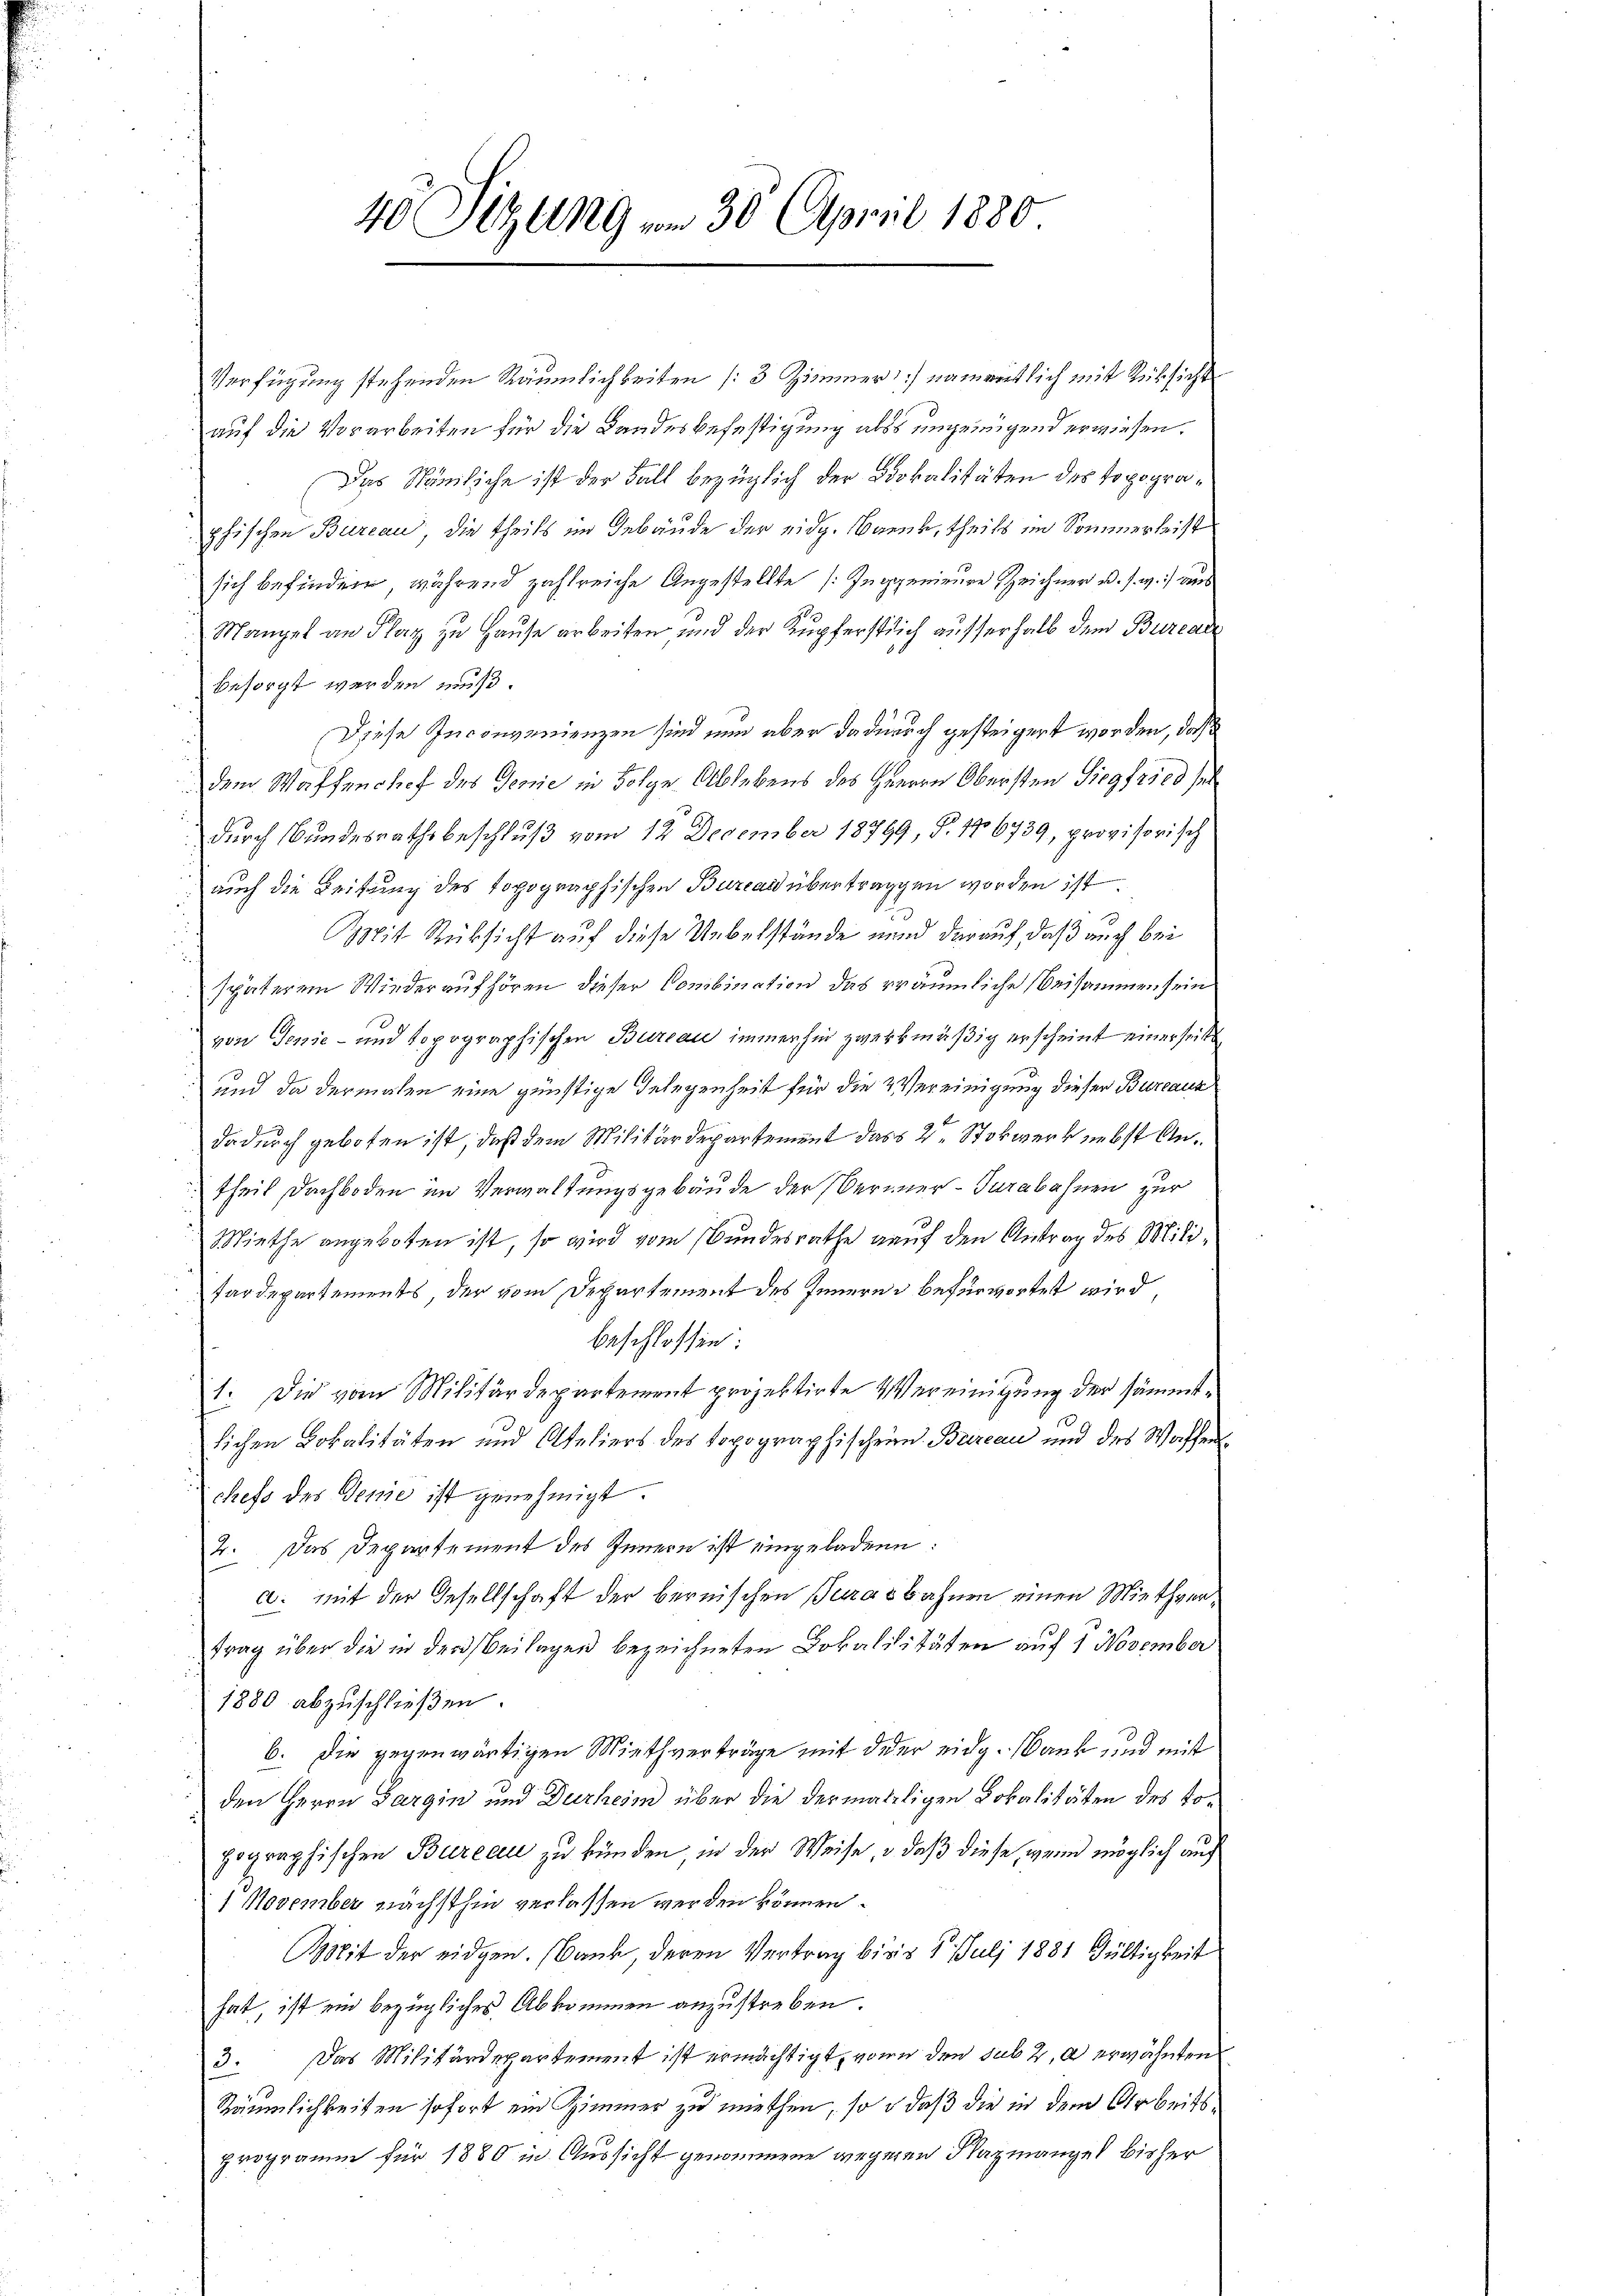
40 Sitzung vom 30. April 1880.

Verfügung stehenden Räumlichkeiten (3 Zimmer] namentlich mit Rücksicht
auf die Vorarbeiten für die Landesbefestigung als ungewigend erwiesen.
Das Nämliche ist der Fall bezüglich der Lokalitäten des Topographischen Bureau, die theils im Gebäude der eidg. Barnk, theils im Sommerleist
sich befinden, während zahlreiche Angestellte (Inggenieure Zeichner u. s. w.) aus
Mangel an Flaz zu Hause arbeiten, und der Kupferstlich aufserhalb dem Burcar
besorgt werden muß.
Diese Inconvenienzen sind nun aber dadurch gesteigert worden, daß
dem Waffenchef des Genie in Folge Ablebens des Herrn Obersten Siegfried sel
durch Bundesrathsbeschluß vom 12. December 18799, S. 176739, provisorisch
auch die Leitung des topographischen Burcaid übertraggen worden ist
Mit Rüksicht auf diese Uebelstände und darauf, daß auch bei
späterem Wiederaufhören dieser Combination das eräumliche Beisammen sein
von Genie- und topographischen Bureau immerhin zweckmäßig erscheint einerseit
und da dermalen eine günstige Gelegenheit für die Vereinigung dieser Bureaux
dadurch geboten ist, daß dem Militärdepartement das 2te Stockwerk nebst Antheil Dachboden im Verwaltungsgebäude der Berner-Turabahnen zur
Miethe angeboten ist, so wird vom Bundesrathe auf den Antrag des Milifardepartements, der vom Departement des Innern befürwortet wird,
beschlossen:
1. Die vom Militärdepartement projektirte Vereinigung der sämmtlichen Lokalitäten und Ateliers des Topographischein Bureau und des Waffen
chefs des Genie ist genehmigt.
2. Das Departement des Innern ist eingeladene:
a. mit der Gesellschaft der bernischen Serasbahnen einen Miethvertrag über die in der Beilagen bezeichneten Lokalilitäten auf 1 November
1880 abzuschließen.
b. Die gegenwärtigen Miethverträge mit der eidg. Dank und mit
den Herrn Bargin und Durhesin über die dermahligen Lokalitäten des Topographischen Bureau zu künden, in der Weise, o daß diese, wenn möglich auf
1 November nächsthin verlassen werden können.
Mit der eidgen. Dank, deren Vertrag bis 1 Juli 1881 Gültigkeit
hat, ist ein bezügliches Abkommen anzustreben.
3. Das Militärdepartement ist ermächtigt, von den sub 2. a erwähnten
Räumlichkeiten sofort ein Zimmer zu miethen, so daß die in dem Arbeitsprogramm für 1880 in Aussicht genommene wegenen Nazmanges bisher